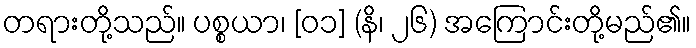
တရားတို့သည်။ ပစ္စယာ၊ [၀၁] (နိ၊ ၂၆) အကြောင်းတို့မည်၏။